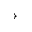
\rightarrow